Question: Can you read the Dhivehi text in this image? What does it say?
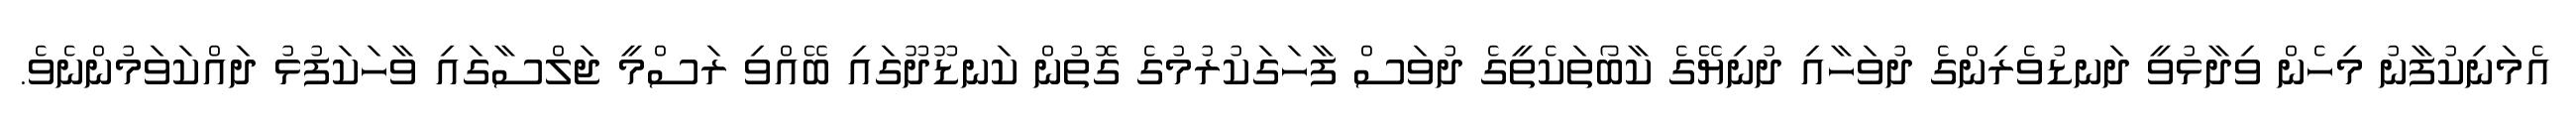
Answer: އެމަނިކުފާނު މިހެން ވިދާޅުވީ ދަނޑުވެރިންގެ ދުވަހާއި ދުނިޔޭގެ ކާބޯތަކެތީގެ ދުވަސް ފާހަގަކުރުމުގެ ގޮތުން ކަނޑޫދޫގައި ބޭއްވި ރަސްމީ ޖަލްސާގައި ވާހަކަފުޅު ދައްކަވަމުންނެވެ.